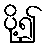
ပို့၍